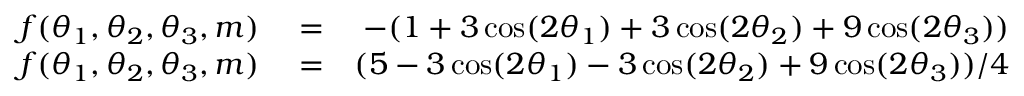
\begin{array} { r l r } { f ( \theta _ { 1 } , \theta _ { 2 } , \theta _ { 3 } , m ) } & { { } = } & { - ( 1 + 3 \cos ( 2 \theta _ { 1 } ) + 3 \cos ( 2 \theta _ { 2 } ) + 9 \cos ( 2 \theta _ { 3 } ) ) } \\ { f ( \theta _ { 1 } , \theta _ { 2 } , \theta _ { 3 } , m ) } & { { } = } & { ( 5 - 3 \cos ( 2 \theta _ { 1 } ) - 3 \cos ( 2 \theta _ { 2 } ) + 9 \cos ( 2 \theta _ { 3 } ) ) / 4 } \end{array}